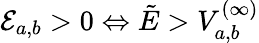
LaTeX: \mathcal{E}_{a,b}>0\Leftrightarrow\tilde{E}>V_{a,b}^{(\infty)}